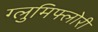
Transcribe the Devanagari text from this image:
ग्लुमिफ्लोरी